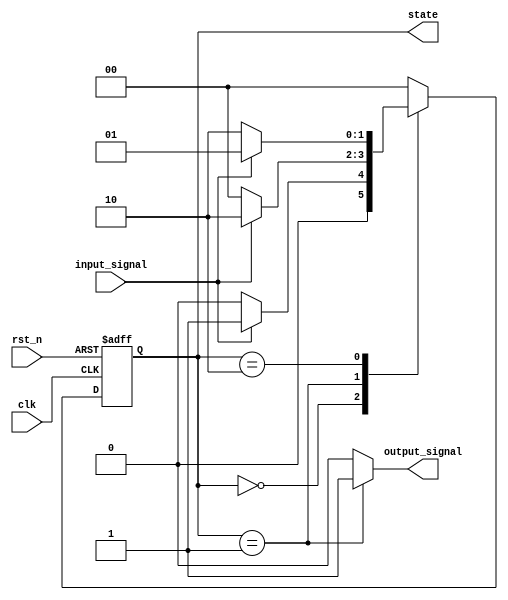
module moore_state_machine (
    input wire clk,        // Clock input
    input wire rst_n,     // Asynchronous active-low reset
    input wire input_signal, // Input signal for transitions
    output reg [1:0] state, // Current state output
    output reg output_signal // Output depending on the current state
);

// State encoding
localparam S0 = 2'b00;
localparam S1 = 2'b01;
localparam S2 = 2'b10;

// State transition logic
always @(posedge clk or negedge rst_n) begin
    if (!rst_n) begin
        state <= S0; // Reset to state S0
    end else begin
        case (state)
            S0: begin
                if (input_signal) begin
                    state <= S1; // Transition to S1
                end else begin
                    state <= S0; // Remain in S0
                end
            end
            S1: begin
                if (input_signal) begin
                    state <= S2; // Transition to S2
                end else begin
                    state <= S0; // Transition back to S0
                end
            end
            S2: begin
                if (input_signal) begin
                    state <= S1; // Transition back to S1
                end else begin
                    state <= S2; // Remain in S2
                end
            end
            default: state <= S0; // Default case
        endcase
    end
end

// Output logic based on the current state
always @(*) begin
    case (state)
        S0: output_signal = 1'b0; // Output for S0
        S1: output_signal = 1'b1; // Output for S1
        S2: output_signal = 1'b0; // Output for S2
        default: output_signal = 1'b0; // Default output
    endcase
end

endmodule